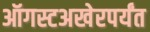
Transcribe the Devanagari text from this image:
ऑगस्टअखेरपर्यंत